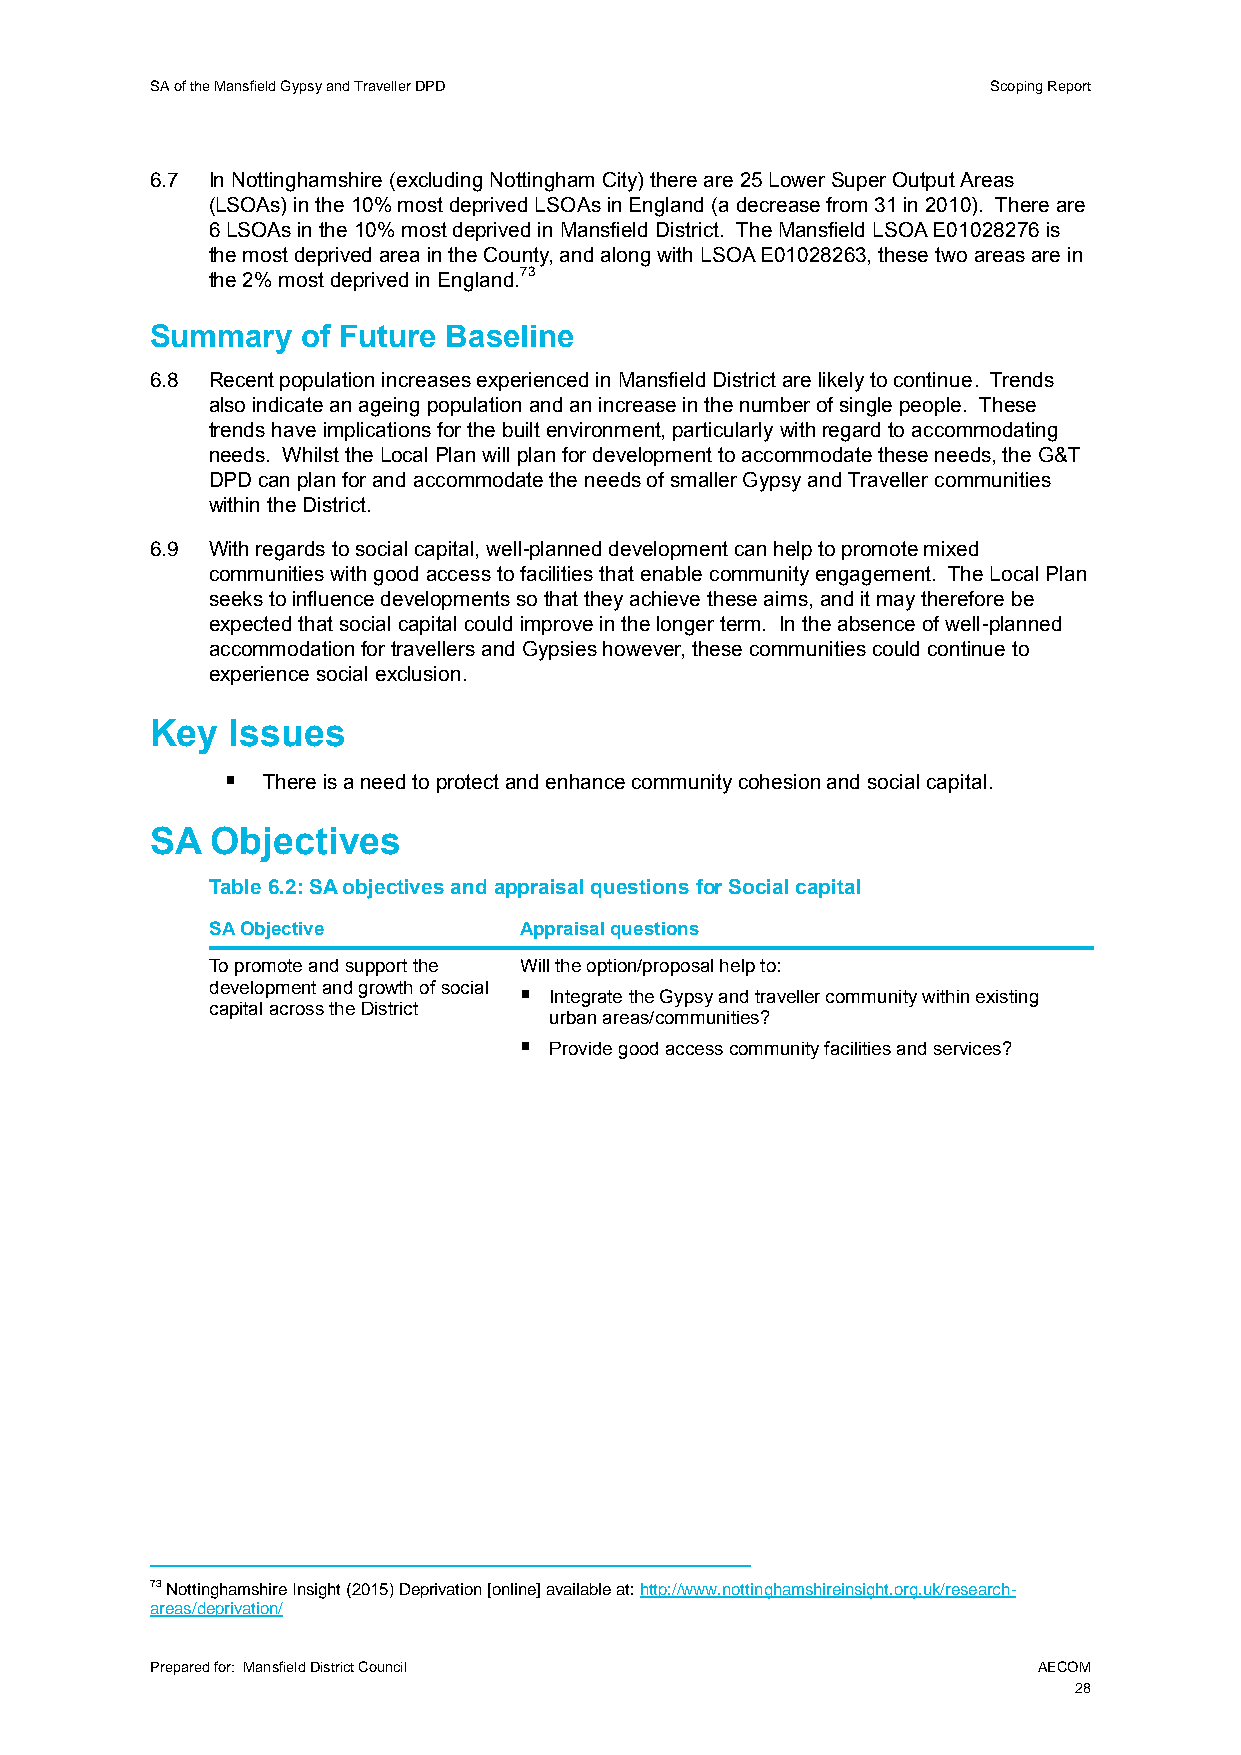
SA of the Mansfield Gypsy and Traveller DPD             Scoping Report
 6.7 In Nottinghamshire (excluding Nottingham City) there are 25 Lower Super Output Areas
 (LSOAs) in the 10% most deprived LSOAs in England (a decrease from 31 in 2010). There are
 6 LSOAs in the 10% most deprived in Mansfield District. The Mansfield LSOA E01028276 is
 the most deprived area in the County, and along with LSOA E01028263, these two areas are in
 the 2% most deprived in England.73
 Summary   of Future Baseline
 6.8 Recent population increases experienced in Mansfield District are likely to continue. Trends
 also indicate an ageing population and an increase in the number of single people. These
 trends have implications for the built environment, particularly with regard to accommodating
 needs. Whilst the Local Plan will plan for development to accommodate these needs, the G&T
 DPD can plan for and accommodate the needs of smaller Gypsy and Traveller communities
 within the District.
 6.9 With regards to social capital, well-planned development can help to promote mixed
 communities with good access to facilities that enable community engagement. The Local Plan
 seeks to influence developments so that they achieve these aims, and it may therefore be
 expected that social capital could improve in the longer term. In the absence of well-planned
 accommodation for travellers and Gypsies however, these communities could continue to
 experience social exclusion.
 Key  Issues
  There is a need to protect and enhance community cohesion and social capital.
 SA  Objectives
 Table 6.2: SA objectives and appraisal questions for Social capital
 SA Objective        Appraisal questions
 To promote and support the Will the option/proposal help to:
 development and growth of social  Integrate the Gypsy and traveller community within existing
 capital across the District
 urban areas/communities?
  Provide good access community facilities and services?
 73 Nottinghamshire Insight (2015) Deprivation [online] available at: http://www.nottinghamshireinsight.org.uk/research-
 areas/deprivation/
 Prepared for: Mansfield District Council                   AECOM
 28